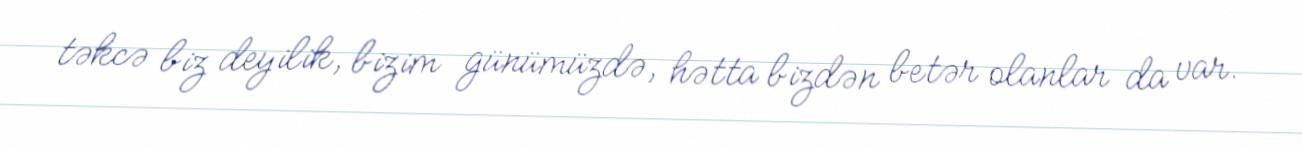
təkcə biz deyilik, bizim günümüzdə, hətta bizdən betər olanlar da var.